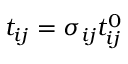
t _ { i j } = \sigma _ { i j } t _ { i j } ^ { 0 }